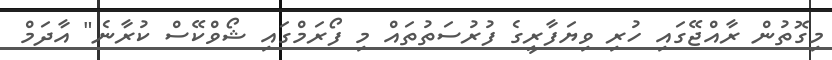
މިގޮތުން ރާއްޖޭގައި ހުރި ވިޔަފާރީގެ ފުރުސަތުތައް މި ފޯރަމްގައި ޝޯވްކޭސް ކުރާނެ" އާދަމް